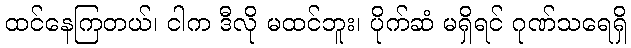
ထင်နေကြတယ်၊ ငါက ဒီလို မထင်ဘူး၊ ပိုက်ဆံ မရှိရင် ဂုဏ်သရေရှိ